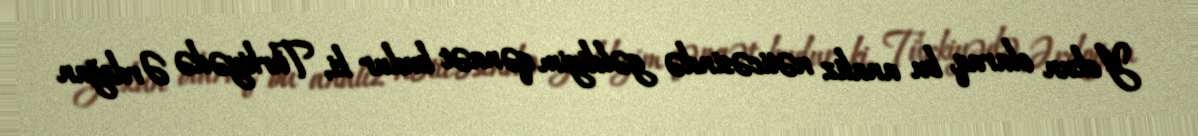
Yekun olaraq, bu analiz nəticəsində gəldiyim qənaət budur ki, Türkiyədə Ərdoğan